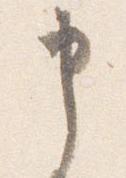
申